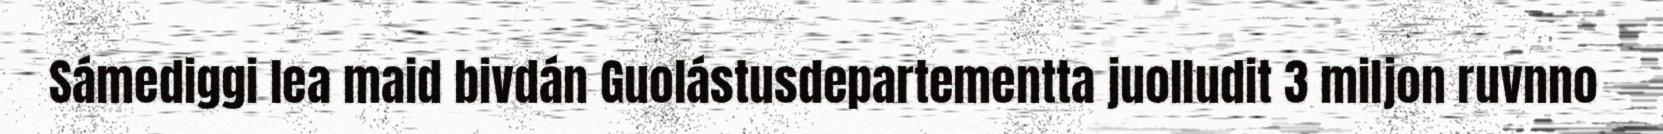
Sámediggi lea maid bivdán Guolástusdepartementta juolludit 3 miljon ruvnno